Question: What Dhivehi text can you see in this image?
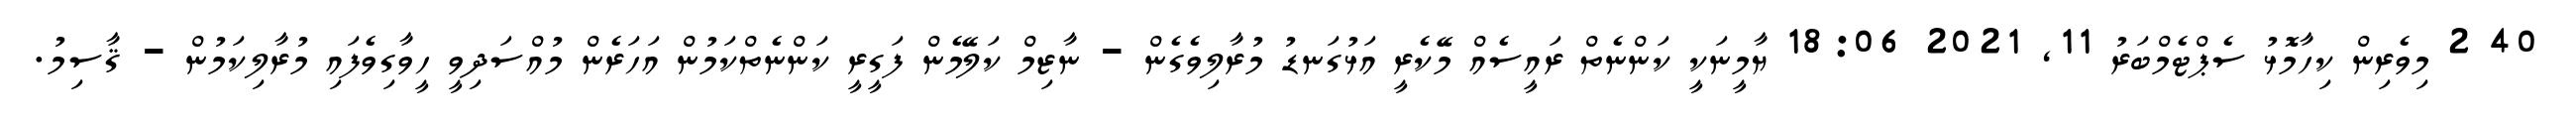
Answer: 40 2 މިވެރިން ކިހާމޮޅު ސެޕްޓެމްބަރު 11, 2021 18:06 ޔާމީނަކީ ކަންނެތް ރައީސެއް މޭކެރީ އަޅުގަނޑު މުރާލިވެގެން - ނާޒިމް ކަލޭމެން ފަގީރީ ކަންނެތްކަމުން އަހަރެން މުއްސަދިވީ ހީވާގިވެފައި މުރާލިކަމުން - ޤާސިމު.